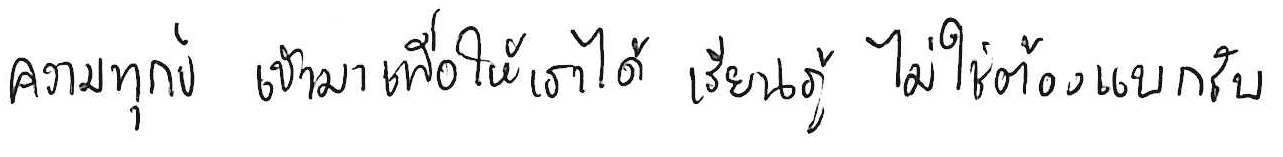
ความทุกข์ เข้ามาเพื่อให้เราได้ เรียนรู้ ไม่ใช่ต้อง แบกรับ